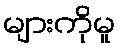
များကိုမူ